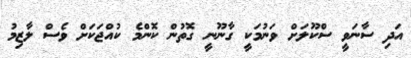
އަދި ސާނަވީ ސްކޫލަށް ވަނުމަކީ ގާނޫނީ ގޮތުން ކޮންމެ ކުއްޖަކަށް ވެސް ލާޒިމު